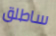
ساطلق